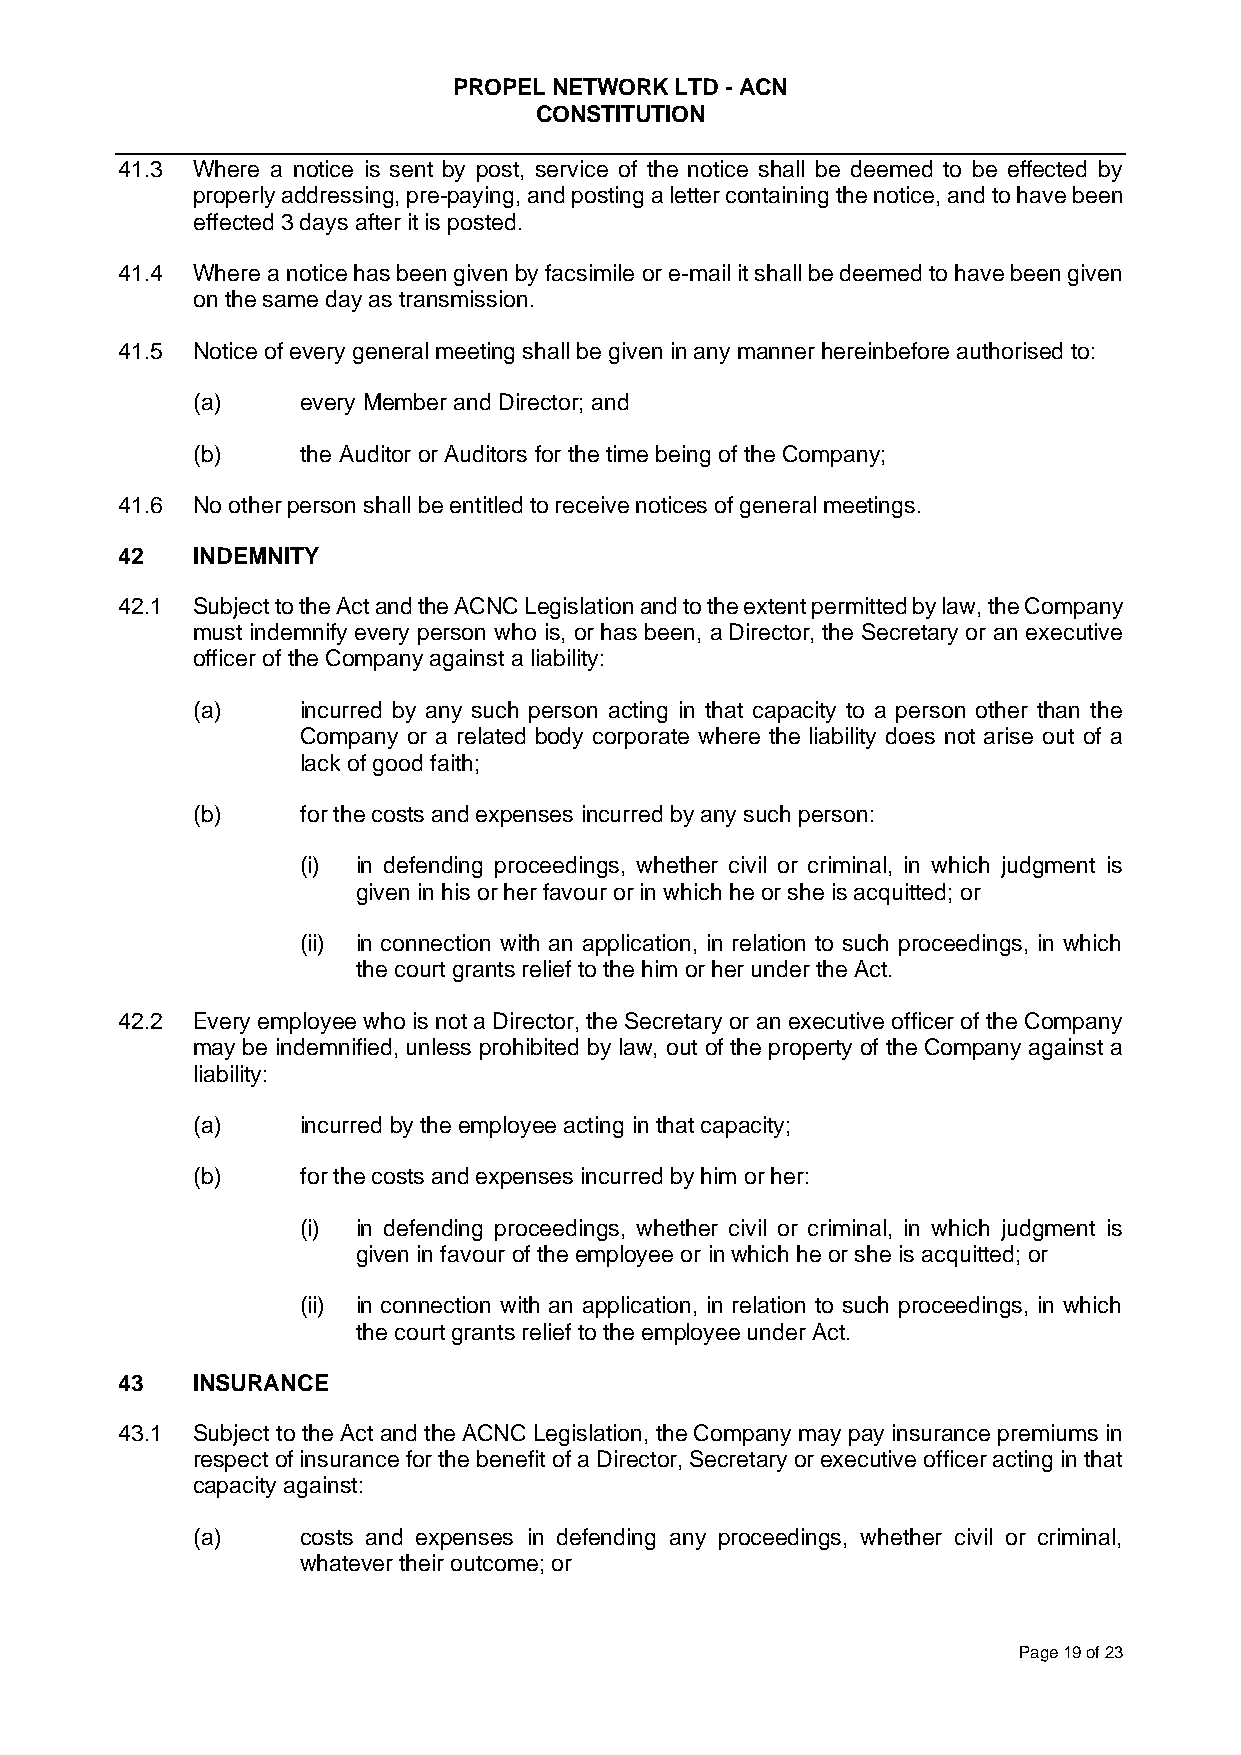
PROPEL NETWORK LTD - ACN
 CONSTITUTION
 41.3 Where a notice is sent by post, service of the notice shall be deemed to be effected by
 properly addressing, pre-paying, and posting a letter containing the notice, and to have been
 effected 3 days after it is posted.
 41.4 Where a notice has been given by facsimile or e-mail it shall be deemed to have been given
 on the same day as transmission.
 41.5 Notice of every general meeting shall be given in any manner hereinbefore authorised to:
 (a)    every Member and Director; and
 (b)    the Auditor or Auditors for the time being of the Company;
 41.6 No other person shall be entitled to receive notices of general meetings.
 42   INDEMNITY
 42.1 Subject to the Act and the ACNC Legislation and to the extent permitted by law, the Company
 must indemnify every person who is, or has been, a Director, the Secretary or an executive
 officer of the Company against a liability:
 (a)    incurred by any such person acting in that capacity to a person other than the
 Company or a related body corporate where the liability does not arise out of a
 lack of good faith;
 (b)    for the costs and expenses incurred by any such person:
 (i) in defending proceedings, whether civil or criminal, in which judgment is
 given in his or her favour or in which he or she is acquitted; or
 (ii) in connection with an application, in relation to such proceedings, in which
 the court grants relief to the him or her under the Act.
 42.2 Every employee who is not a Director, the Secretary or an executive officer of the Company
 may be indemnified, unless prohibited by law, out of the property of the Company against a
 liability:
 (a)    incurred by the employee acting in that capacity;
 (b)    for the costs and expenses incurred by him or her:
 (i) in defending proceedings, whether civil or criminal, in which judgment is
 given in favour of the employee or in which he or she is acquitted; or
 (ii) in connection with an application, in relation to such proceedings, in which
 the court grants relief to the employee under Act.
 43   INSURANCE
 43.1 Subject to the Act and the ACNC Legislation, the Company may pay insurance premiums in
 respect of insurance for the benefit of a Director, Secretary or executive officer acting in that
 capacity against:
 (a)    costs and expenses in defending any proceedings, whether civil or criminal,
 whatever their outcome; or
 Page 19 of 23